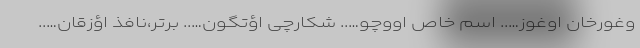
وغورخان اوغوز….. اسم خاص اووچو….. شکارچی اؤتگون….. برتر،نافذ اؤزقان…..